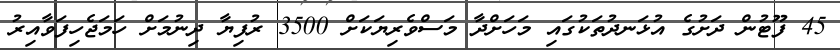
45 ފޫޓުން ދަށުގެ އުޅަނދުތަކުގައި މަހަށްދާ މަސްވެރިޔަކަށް 3500 ރުފިޔާ ދިނުމަށް ހަމަޖެހިފަވާއިރު